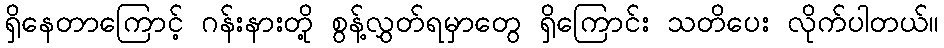
ရှိနေတာကြောင့် ဂန်းနားတို့ စွန့်လွှတ်ရမှာတွေ ရှိကြောင်း သတိပေး လိုက်ပါတယ်။